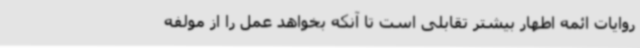
روایات ائمه اطهار بیشتر تقابلی است تا آنکه بخواهد عمل را از مولفه